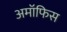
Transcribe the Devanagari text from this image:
अमॉफिस